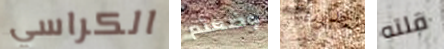
الكراسي وضعتم وجدونا قلته